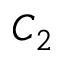
C _ { 2 }